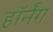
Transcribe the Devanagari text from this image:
हॉर्नंग